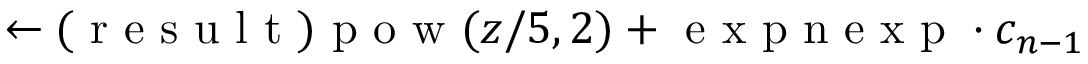
\leftarrow ( \mathrm { ~ r ~ e ~ s ~ u ~ l ~ t ~ } ) \mathrm { ~ p ~ o ~ w ~ } ( z / 5 , 2 ) + \mathrm { ~ e ~ x ~ p ~ n ~ e ~ x ~ p ~ } \cdot c _ { n - 1 }